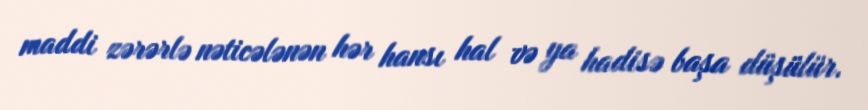
maddi zərərlə nəticələnən hər hansı hal və ya hadisə başa düşülür.